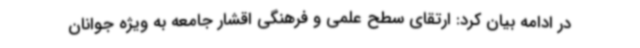
در ادامه بیان کرد: ارتقای سطح علمی و فرهنگی اقشار جامعه به ویژه جوانان